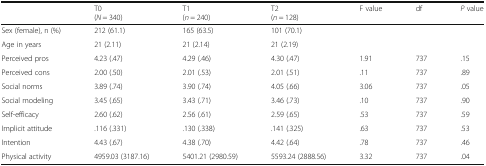
|  | T0(N = 340) | T1(n = 240) | T2(n = 128) | F value | df | P value |
 | --- | --- | --- | --- | --- | --- | --- |
 | Sex (female), n (%) | 212 (61.1) | 165 (63.5) | 101 (70.1) |  |  |  |
 | Age in years | 21 (2.11) | 21 (2.14) | 21 (2.19) |  |  |  |
 | Perceived pros | 4.23 (.47) | 4.29 (.46) | 4.30 (.47) | 1.91 | 737 | .15 |
 | Perceived cons | 2.00 (.50) | 2.01 (.53) | 2.01 (.51) | .11 | 737 | .89 |
 | Social norms | 3.89 (.74) | 3.90 (.74) | 4.05 (.66) | 3.06 | 737 | .05 |
 | Social modeling | 3.45 (.65) | 3.43 (.71) | 3.46 (.73) | .10 | 737 | .90 |
 | Self-efficacy | 2.60 (.62) | 2.56 (.61) | 2.59 (.65) | .53 | 737 | .59 |
 | Implicit attitude | .116 (.331) | .130 (.338) | .141 (.325) | .63 | 737 | .53 |
 | Intention | 4.43 (.67) | 4.38 (.70) | 4.42 (.64) | .78 | 737 | .46 |
 | Physical activity | 4959.03 (3187.16) | 5401.21 (2980.59) | 5593.24 (2888.56) | 3.32 | 737 | .04 |